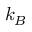
k _ { B }